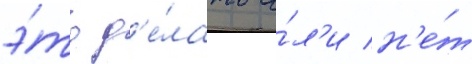
э́то д'е́лать и́л'и н'е́т